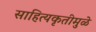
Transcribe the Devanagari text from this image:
साहित्यकृतीमुळे